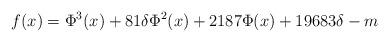
LaTeX: \begin{align*}f(x)=\Phi^3(x)+81\delta\Phi^2(x)+2187\Phi(x)+19683\delta-m\end{align*}